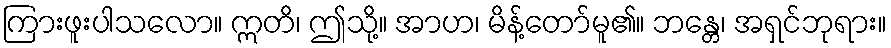
ကြားဖူးပါသလော။ ဣတိ၊ ဤသို့။ အာဟ၊ မိန့်တော်မူ၏။ ဘန္တေ၊ အရှင်ဘုရား။